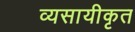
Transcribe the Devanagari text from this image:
व्यसायीकृत